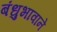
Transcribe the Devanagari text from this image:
बंधुभावाने